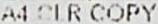
A4 CLR COPY